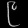
Digit: ၉